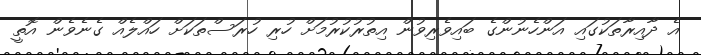
އެ ދާއިރާތަކުގައި އަންހެނުންގެ ބައިވެރިވުން އިތުރުކުރުމަށް ހުރި ހުރަސްތަކަށް ހައްލެއް ގެނެވެން އޮތީ